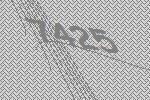
7425